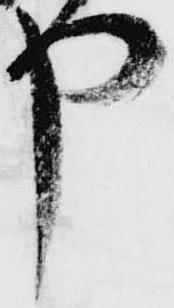
や